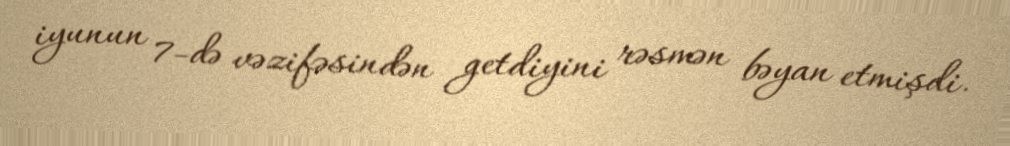
iyunun 7-də vəzifəsindən getdiyini rəsmən bəyan etmişdi.